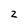
Character: 2